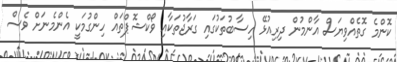
ކޮންމެ ގޮތެއްވިޔަސް އާންމުން ދިރިއުޅޭ ހިސާބުތަކުގައި ގަރާޖުތަކާއި ވޯކްޝޮޕްތައް ހިންގުމަކީ އެންމެނަށް ވެސް